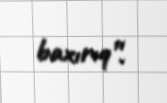
baxırıq”.